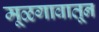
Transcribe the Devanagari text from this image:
मूळगावातून